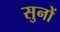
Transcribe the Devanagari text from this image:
सुनों